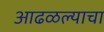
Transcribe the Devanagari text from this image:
आढळल्याचा